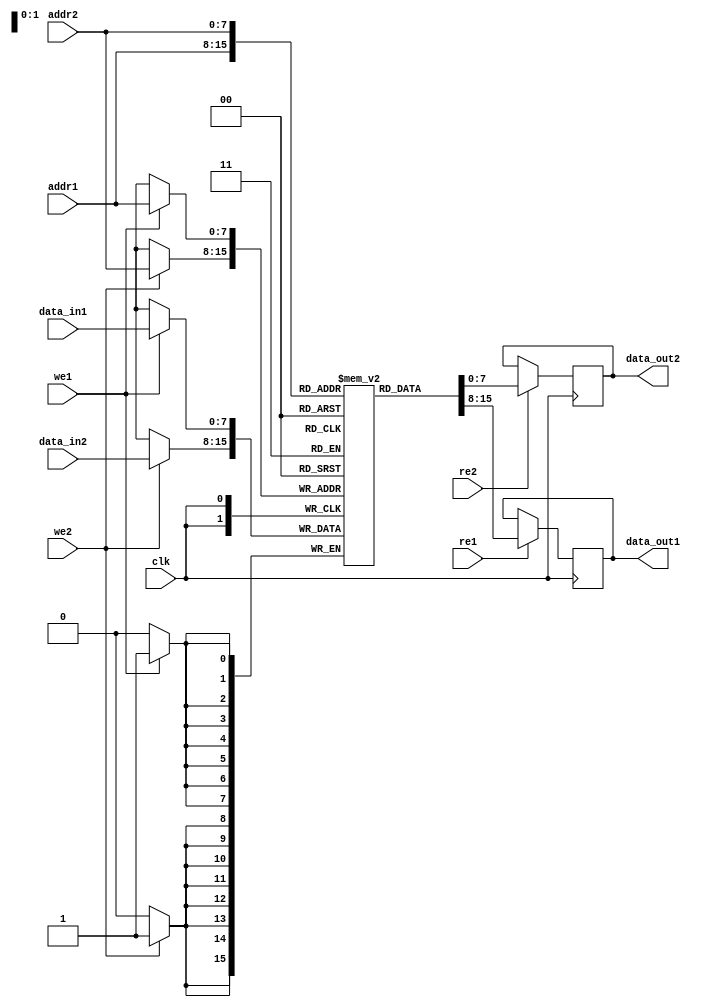
module dual_port_ram (
    input wire clk,       // Clock signal
    input wire [7:0] addr1,  // Address for port 1
    input wire [7:0] addr2,  // Address for port 2
    input wire [7:0] data_in1,  // Data input for port 1
    input wire [7:0] data_in2,  // Data input for port 2
    input wire we1,       // Write enable for port 1
    input wire we2,       // Write enable for port 2
    input wire re1,       // Read enable for port 1
    input wire re2,       // Read enable for port 2
    output reg [7:0] data_out1,  // Data output for port 1
    output reg [7:0] data_out2   // Data output for port 2
);

reg [7:0] memory [255:0];  // Dual-port RAM memory array

always @(posedge clk) begin
    // Write to port 1
    if (we1) begin
        memory[addr1] <= data_in1;
    end
    // Write to port 2
    if (we2) begin
        memory[addr2] <= data_in2;
    end
    // Read from port 1
    if (re1) begin
        data_out1 <= memory[addr1];
    end
    // Read from port 2
    if (re2) begin
        data_out2 <= memory[addr2];
    end
end

endmodule